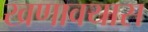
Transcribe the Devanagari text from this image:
खणावयास